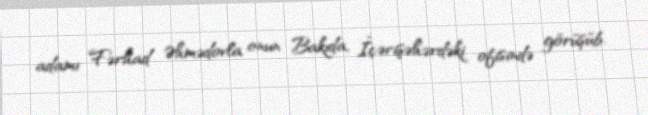
adamı Fərhad Əhmədovla onun Bakıda, İçərişəhərdəki ofisində görüşüb.